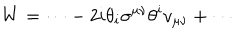
{ \displaystyle W = \cdots - 2 i \theta _ { i } \sigma ^ { \mu \nu } \theta ^ { i } v _ { \mu \nu } + \cdots }